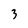
Character: 3